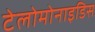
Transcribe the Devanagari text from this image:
टेलोमोनाइडिस